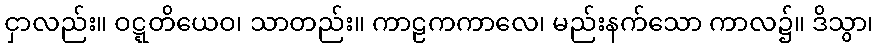
ငှာလည်း။ ဝဋ္ဋတိယေဝ၊ သာတည်း။ ကာဠကကာလေ၊ မည်းနက်သော ကာလ၌။ ဒိသွာ၊